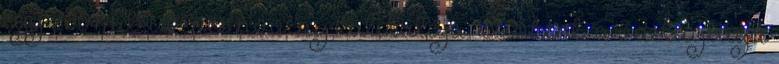
egy 200 millió éves növény kutikulája. Elsőként, a vastagsága